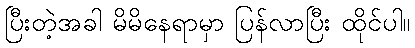
ပြီးတဲ့အခါ မိမိနေရာမှာ ပြန်လာပြီး ထိုင်ပါ။